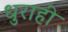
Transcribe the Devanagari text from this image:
धुराही